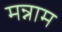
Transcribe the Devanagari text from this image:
मन्नाम